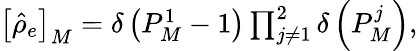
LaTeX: \begin{array}{r}{\left[\hat{\rho}_{e}\right]_{M}=\delta\left(P_{M}^{1}-1\right)\prod_{j\neq 1}^{2}\delta\left(P_{M}^{j}\right),}\end{array}